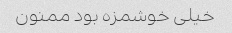
خیلی خوشمزه بود ممنون